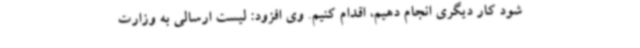
شود کار دیگری انجام دهیم، اقدام کنیم. وی افزود: لیست ارسالی به وزارت